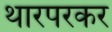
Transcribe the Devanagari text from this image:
थारपरकर